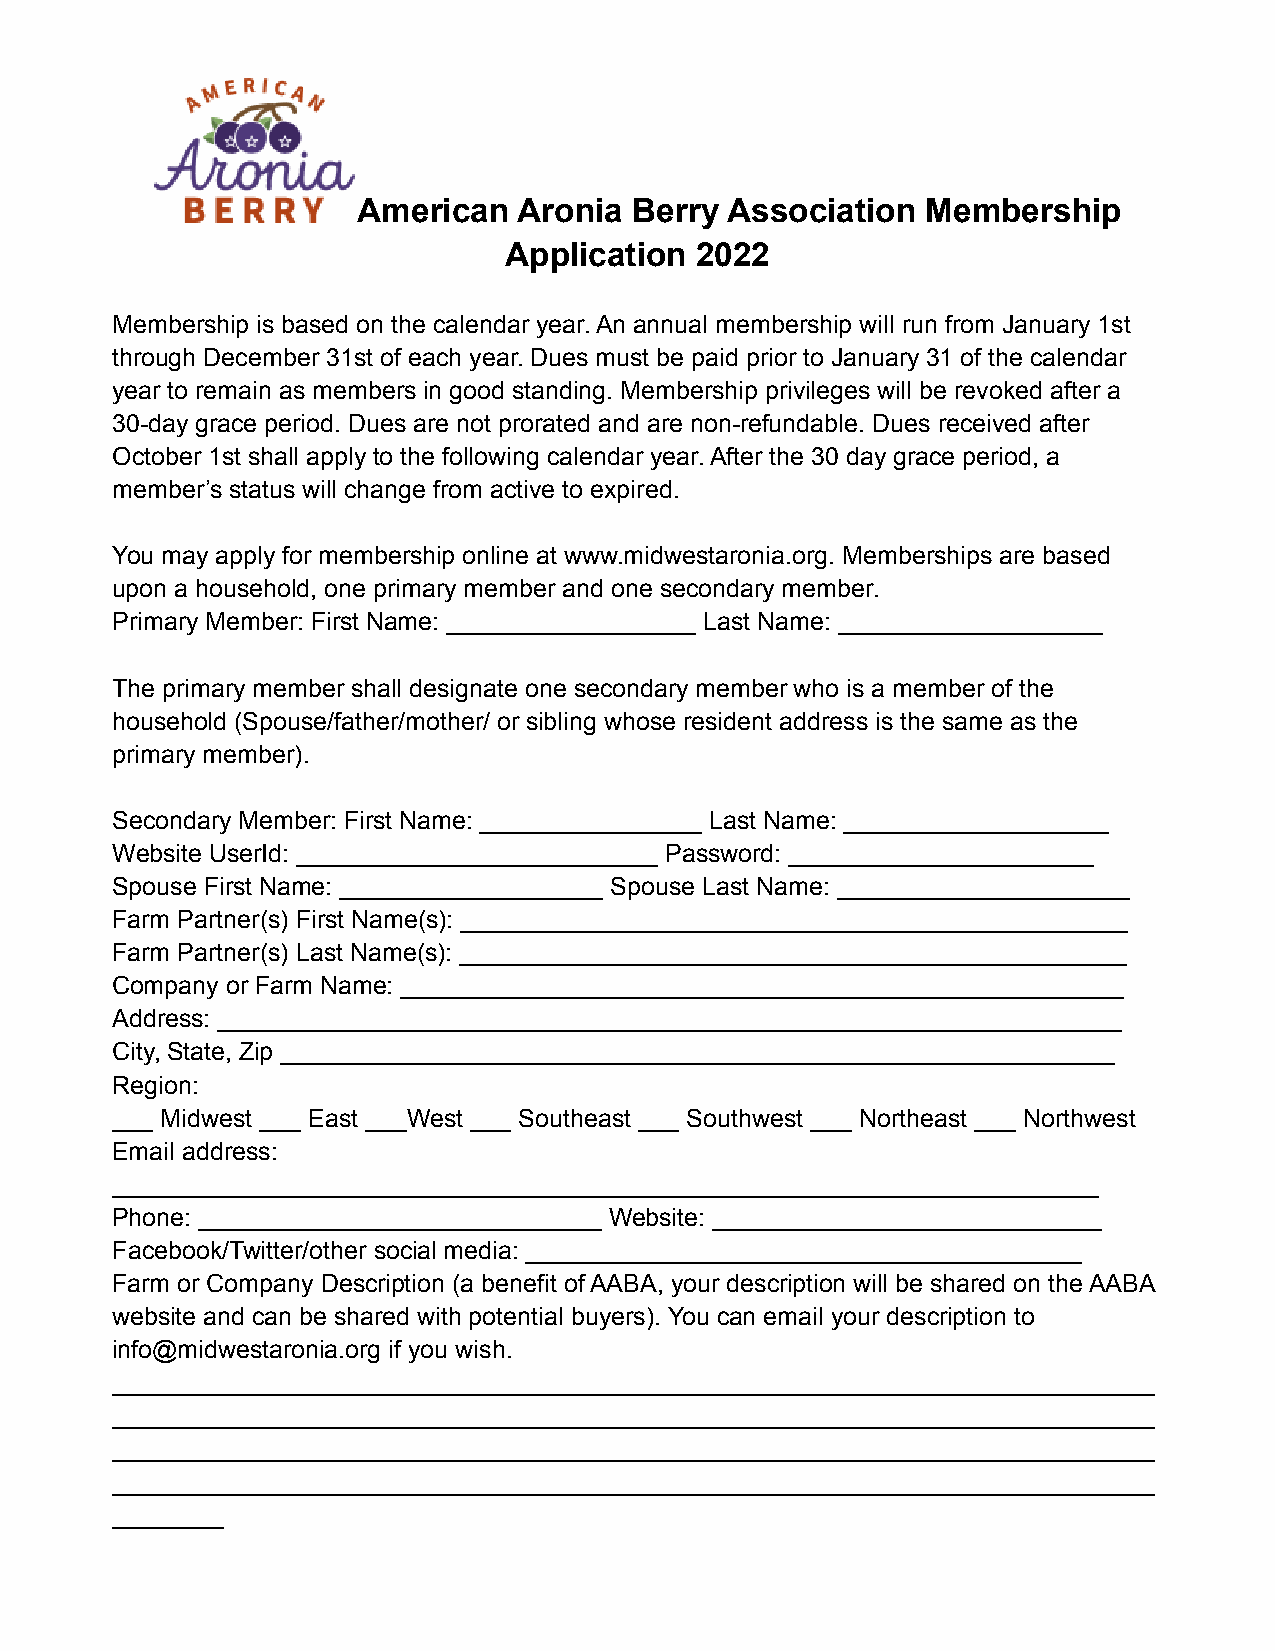
American  Aronia  Berry Association  Membership
 Application  2022
 Membership is based on the calendar year. An annual membership will run from January 1st
 through December 31st of each year. Dues must be paid prior to January 31 of the calendar
 year to remain as members in good standing. Membership privileges will be revoked after a
 30-day grace period. Dues are not prorated and are non-refundable. Dues received after
 October 1st shall apply to the following calendar year. After the 30 day grace period, a
 member’s status will change from active to expired.
 You may apply for membership online at www.midwestaronia.org. Memberships are based
 upon a household, one primary member and one secondary member.
 Primary Member: First Name: __________________ Last Name: ___________________
 The primary member shall designate one secondary member who is a member of the
 household (Spouse/father/mother/ or sibling whose resident address is the same as the
 primary member).
 Secondary Member: First Name: ________________ Last Name: ___________________
 Website UserId: __________________________ Password: ______________________
 Spouse First Name: ___________________ Spouse Last Name: _____________________
 Farm Partner(s) First Name(s): ________________________________________________
 Farm Partner(s) Last Name(s): ________________________________________________
 Company or Farm Name: ____________________________________________________
 Address: _________________________________________________________________
 City, State, Zip ____________________________________________________________
 Region:
 ___ Midwest ___ East ___West ___ Southeast ___ Southwest ___ Northeast ___ Northwest
 Email address:
 _______________________________________________________________________
 Phone: _____________________________ Website: ____________________________
 Facebook/Twitter/other social media: ________________________________________
 Farm or Company Description (a benefit of AABA, your description will be shared on the AABA
 website and can be shared with potential buyers). You can email your description to
 info@midwestaronia.org if you wish.
 ___________________________________________________________________________
 ___________________________________________________________________________
 ___________________________________________________________________________
 ___________________________________________________________________________
 ________